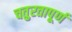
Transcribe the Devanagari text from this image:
चतुरतापूर्ण